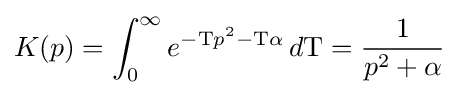
K(p)=\int _{0}^{\infty }e^{-\mathrm {T} p^{2}-\mathrm {T} \alpha }\,d\mathrm {T} ={\frac {1}{p^{2}+\alpha }}